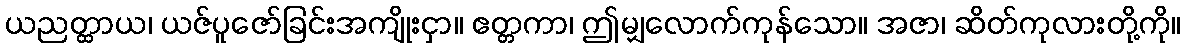
ယညတ္ထာယ၊ ယဇ်ပူဇော်ခြင်းအကျိုးငှာ။ ဧတ္တကာ၊ ဤမျှလောက်ကုန်သော။ အဇာ၊ ဆိတ်ကုလားတို့ကို။